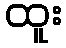
ထူး